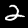
Label: 2